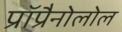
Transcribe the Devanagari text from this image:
प्रॉप्रैनोलोल